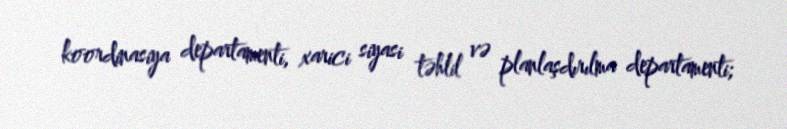
koordinasiya departamenti, xarici siyasi təhlil və planlaşdırılma departamenti;